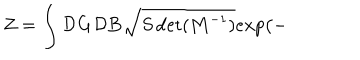
LaTeX: Z = \int { \cal D } { \bf G } { \cal D } { \bf B } \sqrt { S \det ( { \bf M } ^ { - 1 } ) } e x p \big ( -